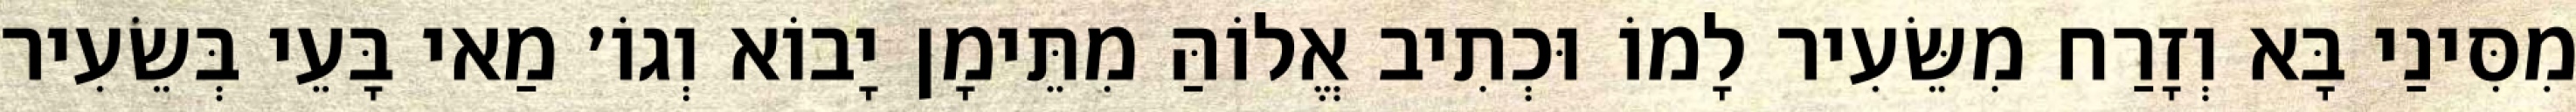
מִסִּינַי בָּא וְזָרַח מִשֵּׂעִיר לָמוֹ וּכְתִיב אֱלוֹהַּ מִתֵּימָן יָבוֹא וְגוֹ׳ מַאי בָּעֵי בְּשֵׂעִיר